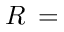
R \, =